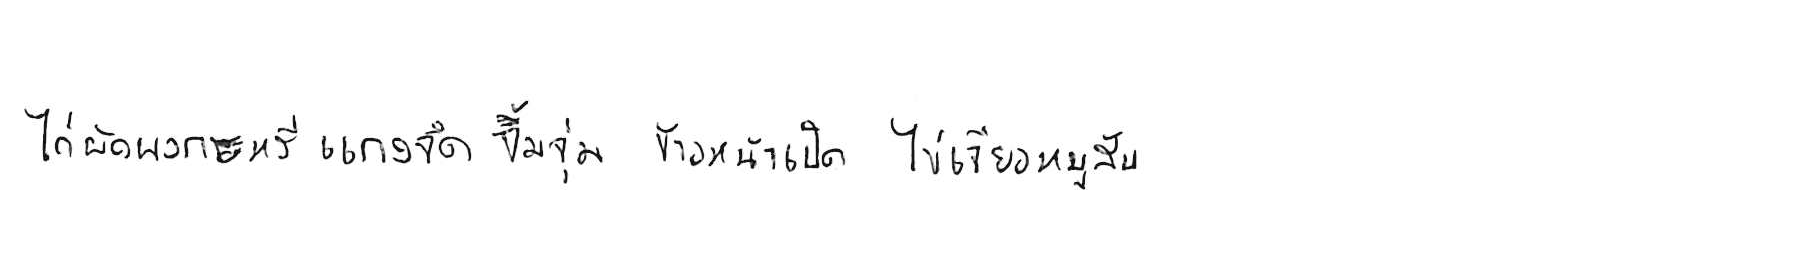
ไก่ผัดผงกะหรี่ แกงจืด จิ้มจุ่ม ข้าวหน้าเป็ด ไข่เจียวหมูสับ